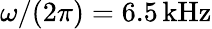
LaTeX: \omega/(2\pi)=6.5\, \mathrm{{kHz}}